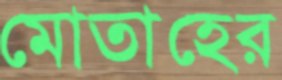
মোতাহের